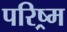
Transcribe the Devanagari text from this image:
परिष्र्म